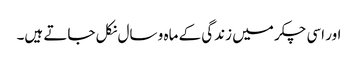
اور اسی چکر میں زندگی کے ماہ و سال نکل جاتے ہیں۔